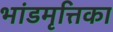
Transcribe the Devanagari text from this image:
भांडमृत्तिका